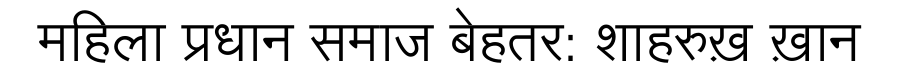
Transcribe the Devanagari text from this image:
महिला प्रधान समाज बेहतर: शाहरुख़ ख़ान